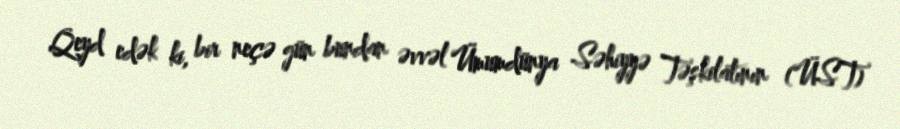
Qeyd edək ki, bir neçə gün bundan əvvəl Ümumdünya Səhiyyə Təşkilatının (ÜST)